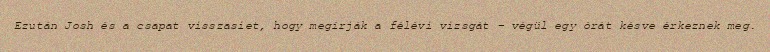
Ezután Josh és a csapat visszasiet, hogy megírják a félévi vizsgát – végül egy órát késve érkeznek meg.